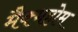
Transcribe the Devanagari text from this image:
मैक्महोम